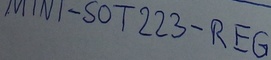
Text: MINI-SOT223-REG